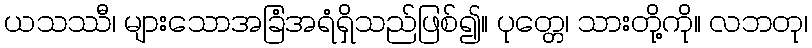
ယသဿီ၊ များသောအခြံအရံရှိသည်ဖြစ်၍။ ပုတ္တေ၊ သားတို့ကို။ လဘတု၊